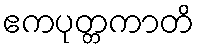
ဧကပုတ္တကာတိ